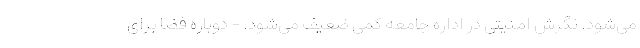
می‌شود. نگرش امنیتی در اداره جامعه کمی ضعیف می‌شود. - دوباره فضا برای